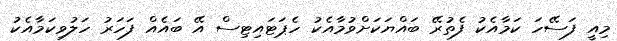
މިއީ ފަސޭހަ ކަމާއެކު ފެތުރޭ ބައްޔަކަށްވުމާއެކު ހެޕަޓައިޓިސް އޭ ބައެއް ފަހަރު ހަލުވިކަމާއެކު